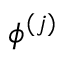
\phi ^ { ( j ) }